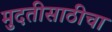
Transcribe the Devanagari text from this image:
मुदतीसाठीचा